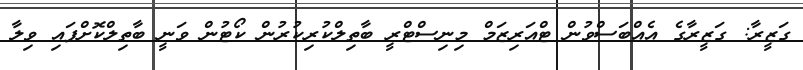
ގަޒީރާ: ގަޒީރާގެ އެއްބަސްވުން ޓްއަރިޒަމް މިނިސްޓްރީ ބާތިލްކުރިކުރުން ކޯޓުން ވަނީ ބާތިލްކޮށްފައި ވިލާ